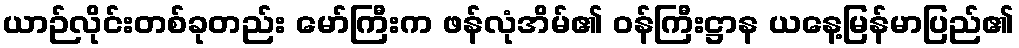
ယာဉ်လိုင်းတစ်ခုတည်း မော်ကြီးက ဖန်လုံအိမ်၏ ဝန်ကြီးဋ္ဌာန ယနေ့မြန်မာပြည်၏